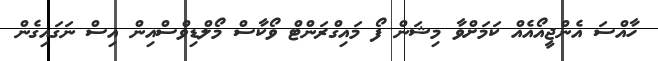
ހާއްސަ އެންޖީއޯއެއް ކަމަށްވާ މިޝަން ފޯ މައިގްރަންޓް ވޯކާސް މޯލްޑިވްސްއިން އިސް ނަގައިގެން